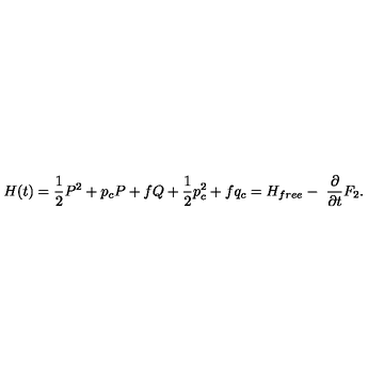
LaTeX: H ( t ) = { \frac 1 2 } P ^ { 2 } + p _ { c } P + f Q + { \frac 1 2 } p _ { c } ^ { 2 } + f q _ { c } = H _ { f r e e } - { \ \frac \partial { \partial t } } F _ { 2 } .